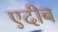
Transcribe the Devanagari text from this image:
एदीब